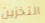
التخزين